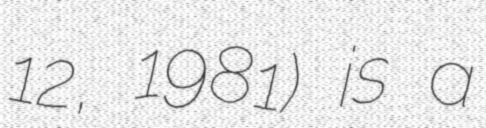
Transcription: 12, 1981) is a